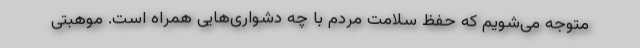
متوجه می‌شویم که حفظ سلامت مردم با چه دشواری‌هایی همراه است. موهبتی